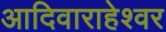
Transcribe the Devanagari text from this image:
आदिवाराहेश्वर